Leaving Certificate Examination (including Day School Certificate (Higher) General paper), 1930
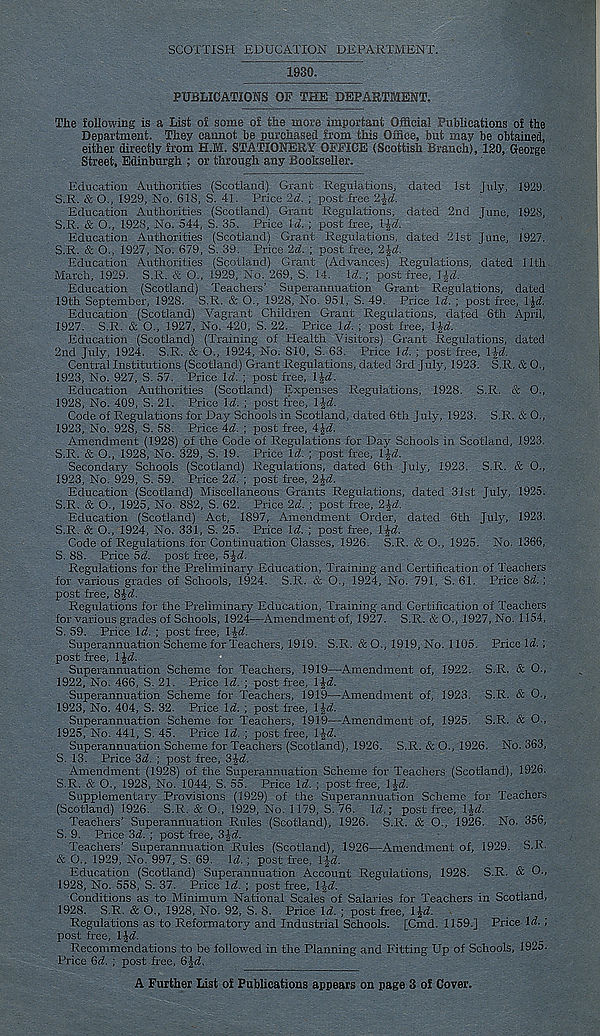
SCOTTISH EDUCATION DEPARTMENT.
1930.
PUBLICATIONS OP THE DEPARTMENT.
The following is a List of some of the more important Official Publications of the
Department. They cannot be purchased from this Office, but may be obtained,
either directly from H.M. STATIONERY OFFICE (Scottish Branch), ISO, George
Street, Edinburgh ; or through any Bookseller.
Education Authorities (Scotland) Grant Regulations, dated 1st July, 1929.
S.R. & 0., 1929, No. 61S, S. 41. Price 2d. ; post free 2%d.
Education Authorities (Scotland) Grant Regulations, dated 2nd June, 192S,
S.R. & O., 1928, No. 544, S. 35. Price Id. ; post free, Ifd.
Education Authorities (Scotland) Grant Regulations, dated 21st June, 1927.
S.R. & O., 1927, No. 679, S. 39. Price 2d. ; post free, 2%d.
Education Authorities (Scotland) Grant (Advances) Regulations, dated 11th
March, 1929. S.R. & O., 1929, No. 269, S. 14. Id. ; post tree, ]£d.
Education (Scotland) Teachers’ Superannuation Grant Regulations, dated
19th September, 1928. S.R. & O., 1928, No. 951, S. 49. Price Id. ; post free, IJrf.
Education (Scotland) Vagrant Children Grant Regulations, dated 6th April,
1927. S.R. & O., 1927, No. 420, S. 22. Price Id. ; post free, 1 hd.
Education (Scotland) (Training of Health Visitors) Grant Regulations, dated
2nd July, 1924. S.R. & O., 1924, No. 810, S. 63. Price Id. ; post free, 1 l-d.
Central Institutions (Scotland) Grant Regulations/dated 3rd July, 1923. S.R. & 0.,
1923, No. 927, S. 57. Price Id. ; post free, ip.
Education Authorities (Scotland) Expenses Regulations, 1928. S.R. & O.,
1928, No. 409, S. 21. Price Id. ; post free, l£d.
Code of Regulations for Day Schools in Scotland, dated 6th July, 1923. S.R. & O.,
1923, No. 928, S. 58. Price 4d. ; post free, 4jd.
Amendment (1928) of the Code of Regulations for Day Schools in Scotland, 1923.
S.R. & O., 1928, No. 329, S. 19. Price Id. ; post free, lid.
Secondary Schools (Scotland) Regulations, dated 6th July, 1923. S.R. & O.,
1923, No. 929, S. 59. Price 2d. ; post free, 2 jd.
Education (Scotland) Miscellaneous Grants Regulations, dated 31st July, 1925.
S.R. & O., 1925, No. 882, S. 62. Price 2d. ; post free,
Education (Scotland) Act, 1897, Amendment Order, dated 6th July, 1923.
S.R. & O., 1924, No. 331, S. 25. Price Id. ; post free, IJrf.
Code of Regulations for Continuation Classes, 1926. S.R. & O., 1925. No. 1366,
S. 88. Price 5d. post free, 5 Jd.
Regulations for the Preliminary Education, Training and Certification of Teachers
for various grades of Schools, 1924. S.R. & O., 1924, No. 791, S. 61. Price 8d. ;
post free, 8$d.
Regulations for the Preliminary Education, Training and Certification of Teachers
for various grades of Schools, 1924—Amendment of, 1927. S.R. &O., 1927, No. 1154,
S. 59. Price Id. ; post free, lid.
Superannuation Scheme for Teachers, 1919. S.R. & O., 1919, No. 1105. Price Id ;
post free, lid.
Superannuation Scheme for Teachers, 1919—Amendment of, 1922. S.R. & O.,
1922, No. 466, S. 21. Price Id. ; post free, lid.
Superannuation Scheme for Teachers, 1919—Amendment of, 1923. S.R. & 0.,
1923, No. 404, S. 32. Price Id. ; post free, IJd
Superannuation Scheme for Teachers, 1919—Amendment of, 1925. S.R. & O.,
1925, No. 441, S. 45. Price Id. ; post free, 1 Jd
Superannuation Scheme for Teachers (Scotland), 1926. S.R. &0., 1926. No. 363,
S. 13. Price 3d ; post free, 3£d
Amendment (1928) of the Superannuation Scheme for Teachers (Scotland), 1926.
S.R. & O., 1928, No. 1044, S. 55. Price Id ; post free, IJd
Supplementary Provisions (1929) of the Superannuation Scheme for Teachers
(Scotland) 1926.' S.R. & O., 1929, No. 1179, S, 76. Id; post free, IJd
Teachers’ Superannuation Rules (Scotland), 1926. S.R. & O., 1926. No. 356,
S. 9. Price 3d ; post free, Sid.
Teachers’ Superannuation Rules (Scotland), 1926—Amendment of, 1929. S.R.
& O., 1929, No. 997, S. 69. Id. ; post free, 1 id.
Education (Scotland) Superannuation Account Regulations, 1928. S.R. & O.,
1928, No. 558, S. 37. Price Id. ; post free, l-|-d
Conditions as to Minimum National Scales of Salaries for Teachers in Scotland,
1928. S.R. & O., 1928, No. 92, S. 8. Price Id ; post free, l£d
Regulations as to Reformatory and Industrial Schools. [Cmd. 1159.] Price Id ;
post free, lid.
Recommendations to be followed in the Planning and Fitting Up of Schools, 1925.
Price 6d ; post free, 6£d
A Further List of Publications appears on page 3 of Cover.